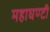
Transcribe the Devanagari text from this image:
महाघण्टी